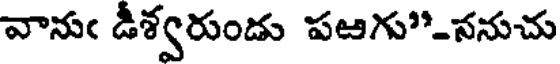
వానుఁ డీశ్వరుండు పఱగు"-ననుచు